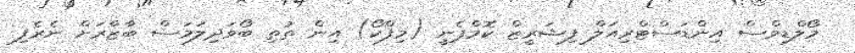
މޯލްޑިވްސް އިންޑަސްޓްރިއަލް ފިޝަރީޒް ކޮމްޕެނީ (މިފްކޯ) އިން ތުތި ބޯވަދިލަމަސް ބާޒާރަށް ނެރެފި